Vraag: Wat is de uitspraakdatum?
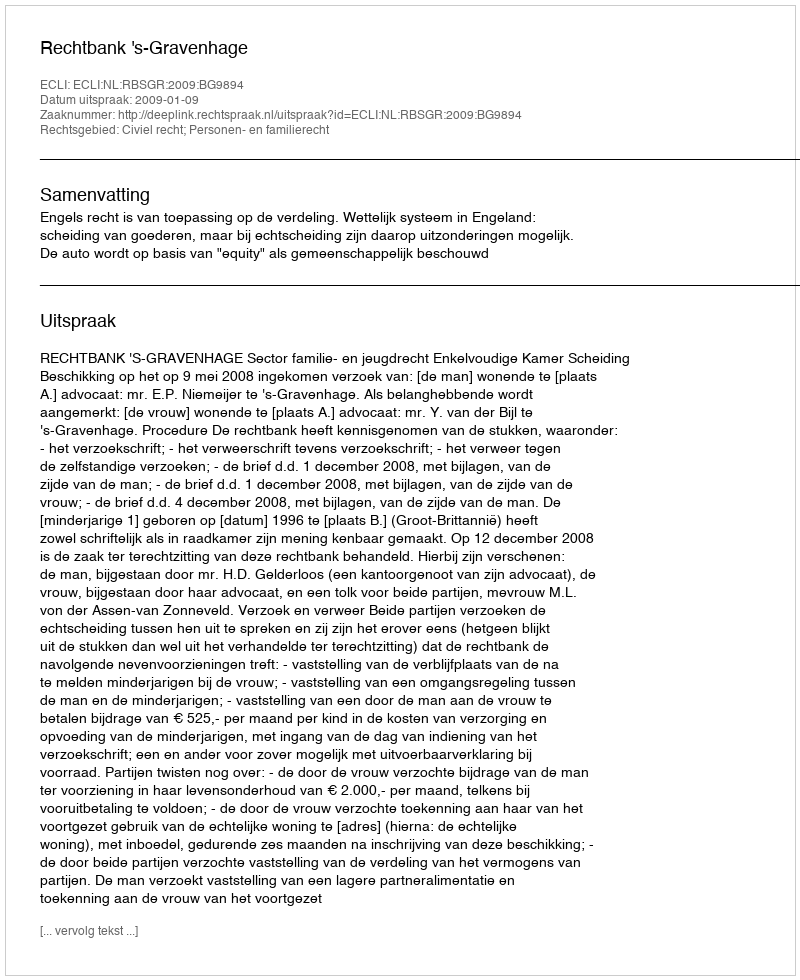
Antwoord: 2009-01-09